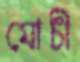
মোচী